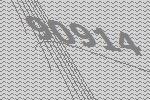
90914